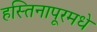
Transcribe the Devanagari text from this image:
हस्तिनापूरमधे